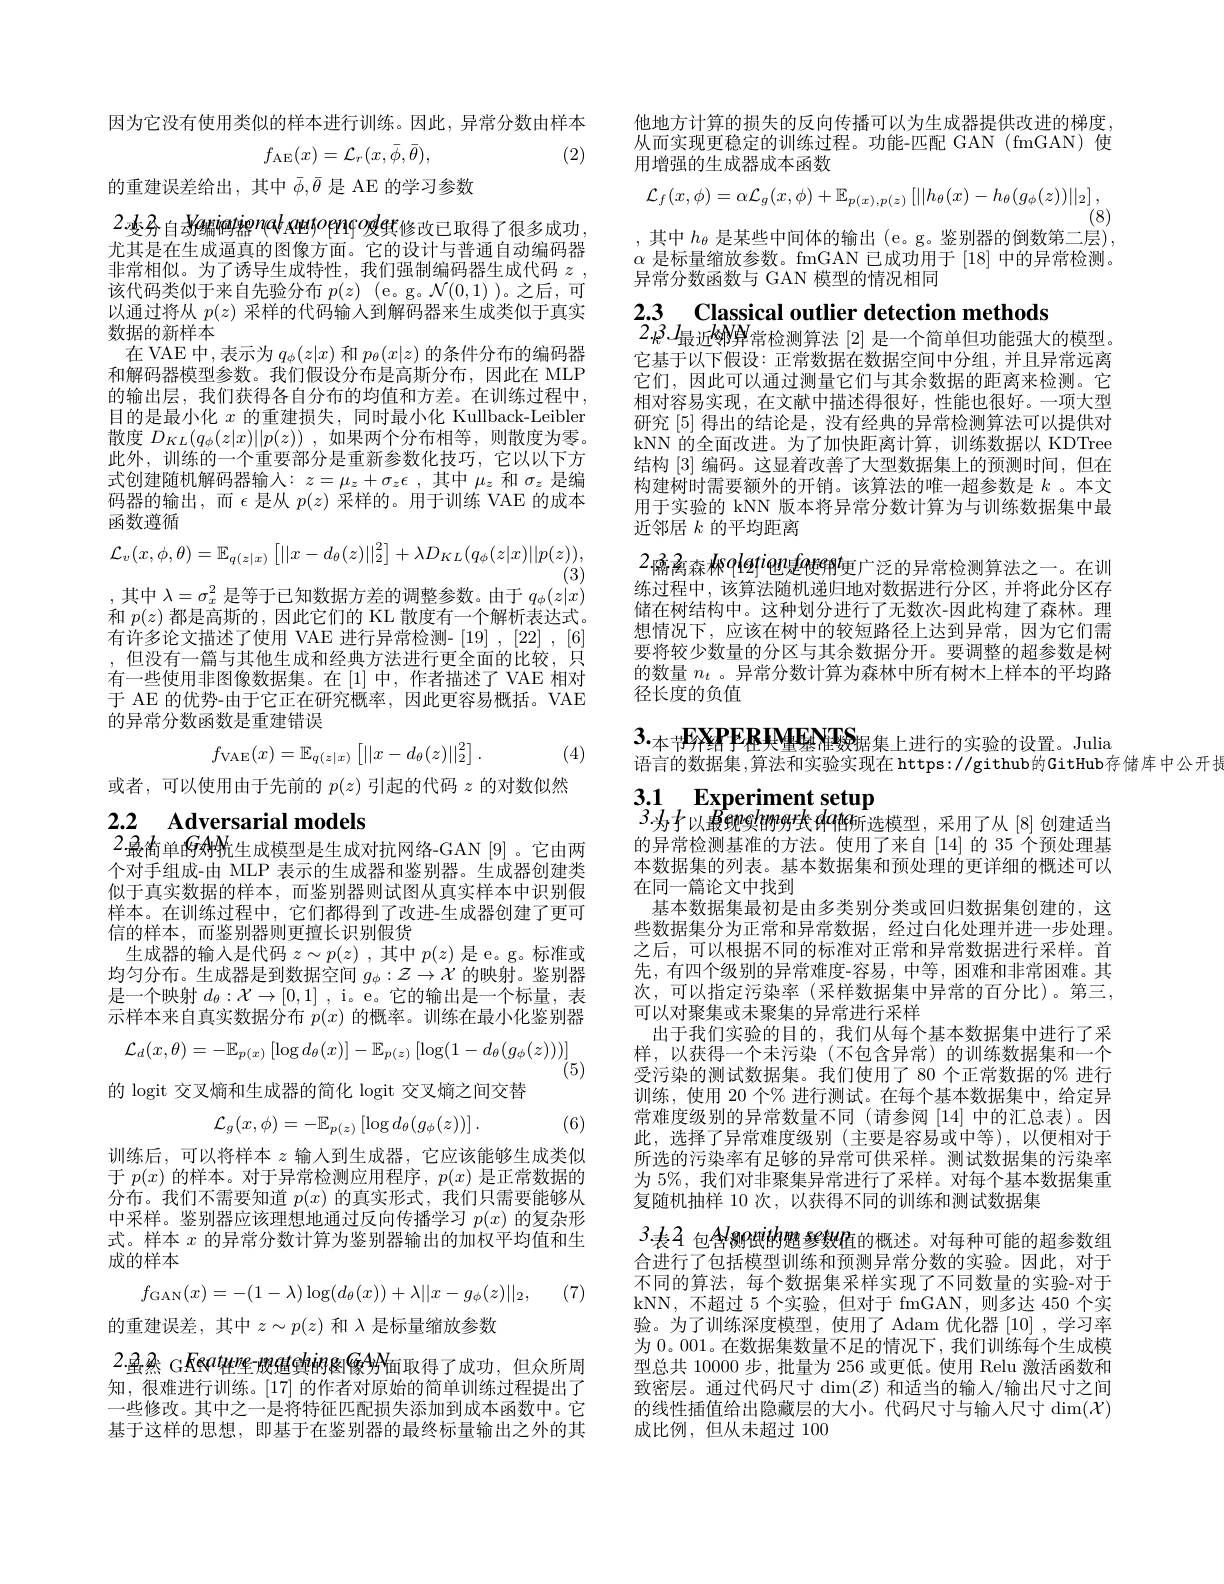
因为它没有使用类似的样本进行训练。因此，异常分数由样本
$$f_\mathrm{AE}(x)=\mathcal{L}_{r}(x,\bar{\phi},\bar{\theta}),$$
(2)

的重建误差给出，其中$\bar{\phi},\bar{\theta}$是 AE 的学习参数

2.变务自为编码结enal Amtoprqoder修改已取得了很多成功， 尤其是在生成逼真的图像方面。它的设计与普通自动编码器非常相似。为了诱导生成特性，我们强制编码器生成代码$z$ , 该代码类似于来自先验分布$p(z)$ (e。g。$\mathcal{N}(0,1)$ )。之后，可以通过将从$p(z)$采样的代码输入到解码器来生成类似于真实数据的新样本
在 VAE 中，表示为$q_\phi(z|x)$和$p_\theta(x|z)$的条件分布的编码器和解码器模型参数。我们假设分布是高斯分布，因此在 MLP 的输出层，我们获得各自分布的均值和方差。在训练过程中， 目的是最小化$x$的重建损失，同时最小化 Kullback-Leibler 散度$D_{KL}( q_\phi ( z| x) | | p( z) )$ ,如果两个分布相等，则散度为零。此外，训练的一个重要部分是重新参数化技巧，它以以下方式创建随机解码器输入$:z=\mu_z+\sigma_z\epsilon$,其中$\mu_z$ 和 $\sigma_z$ 是编码器的输出，而$\epsilon$是从 $p(z)$ 采样的。用于训练 VAE 的成本函数遵循
$$\mathcal{L}_{v}(x,\phi,\theta)=\mathbb{E}_{q(z|x)}\left[||x-d_{\theta}(z)||_{2}^{2}\right]+\lambda D_{KL}(q_{\phi}(z|x)||p(z)),$$
(3)
,其中$\lambda=\sigma_x^2$是等于已知数据方差的调整参数。由于$q_\phi(z|x)$ 和$p(z)$都是高斯的，因此它们的 KL 散度有一个解析表达式。有许多论文描述了使用 VAE 进行异常检测- [19] , [22] , [6] ,但没有一篇与其他生成和经典方法进行更全面的比较，只有一些使用非图像数据集。在[1]中，作者描述了VAE 相对于 AE 的优势-由于它正在研究概率，因此更容易概括。VAE 的异常分数函数是重建错误
$$f_{\mathrm{VAE}}(x)=\mathbb{E}_{q(z|x)}\left[||x-d_\theta(z)||_2^2\right].$$
(4)

或者，可以使用由于先前的$p(z)$引起的代码$z$的对数似然

2.2 $\textbf{Adversarial models}$
$2\cdot$最简单的领统生成模型是生成对抗网络-GAN[9]。它由两

个对手组成-由 MLP 表示的生成器和鉴别器。生成器创建类似于真实数据的样本，而鉴别器则试图从真实样本中识别假样本。在训练过程中，它们都得到了改进-生成器创建了更可信的样本，而鉴别器则更擅长识别假货
$\begin{array}{c}\text{生成器的输入是代码 }z\sim p(z)\:,&\text{其中 }p(z)\text{ 是 e。g。标准或}\\\text{均匀分布。生成器是到数据空间 }g_\phi:\mathcal{Z}\to\mathcal{X}\text{ 的映射。鉴别器}\end{array}$ 是一个映射$d_\theta:\mathcal{X}\to[0,1]$ , i。e。它的输出是一个标量，表示样本来自真实数据分布$p(x)$的概率。训练在最小化鉴别器
$$\mathcal{L}_{d}(x,\theta)=-\mathbb{E}_{p(x)}\left[\log d_{\theta}(x)\right]-\mathbb{E}_{p(z)}\left[\log(1-d_{\theta}(g_{\phi}(z)))\right]$$
(5)
的 logit 交叉熵和生成器的简化 logit 交叉熵之间交替

(6)
$$\mathcal{L}_{g}(x,\phi)=-\mathbb{E}_{p(z)}\left[\log d_{\theta}(g_{\phi}(z))\right].$$
训练后，可以将样本$z$输入到生成器，它应该能够生成类似于$p(x)$的样本。对于异常检测应用程序，$p(x)$是正常数据的分布。我们不需要知道$p(x)$的真实形式，我们只需要能够从中采样。鉴别器应该理想地通过反向传播学习$p(x)$的复杂形式。样本$x$的异常分数计算为鉴别器输出的加权平均值和生成的样本
$$f_{\mathrm{GAN}}(x)=-(1-\lambda)\log(d_\theta(x))+\lambda||x-g_\phi(z)||_2,$$
(7)

的重建误差，其中$z\sim p(z)$和$\lambda$是标量缩放参数

2.虽然 G Feat种壁 股值鲤的图像$AN_{\text{面取得了成功，但众所周}}$ 知，很难进行训练。[17]的作者对原始的简单训练过程提出了一些修改。其中之一是将特征匹配损失添加到成本函数中。它基于这样的思想，即基于在鉴别器的最终标量输出之外的其

他地方计算的损失的反向传播可以为生成器提供改进的梯度， 从而实现更稳定的训练过程。功能-匹配 GAN(fmGAN)使用增强的生成器成本函数
$$\mathcal{L}_{f}(x,\phi)=\alpha\mathcal{L}_{g}(x,\phi)+\mathbb{E}_{p(x),p(z)}\left[||h_{\theta}(x)-h_{\theta}(g_{\phi}(z))||_{2}\right],$$
(8)
$$$,其中$h_\theta$是某些中间体的输出 (e。g。鉴别器的倒数第二层)$, $\alpha$是标量缩放参数。fmGAN 已成功用于[18]中的异常检测。异常分数函数与 GAN 模型的情况相同

2.3 Classical outlier detection methods
$2.k^3.L_\text{最近邻算常检测算法 }[2]$是一个简单但功能强大的模型。

它基于以下假设：正常数据在数据空间中分组，并且异常远离它们，因此可以通过测量它们与其余数据的距离来检测。它相对容易实现，在文献中描述得很好，性能也很好。一项大型研究[5]得出的结论是 , 没有经典的异常检测算法可以提供对kNN 的全面改进。为了加快距离计算，训练数据以 KDTree 结构[3]编码。这显着改善了大型数据集上的预测时间，但在构建树时需要额外的开销。该算法的唯一超参数是$k$ 。本文用于实验的 kNN 版本将异常分数计算为与训练数据集中最近邻居$k$的平均距离

$2\text{懦离森林oletiongeeme}^{t}$更广泛的异常检测算法之一。在训练过程中，该算法随机递归地对数据进行分区，并将此分区存储在树结构中。这种划分进行了无数次-因此构建了森林。理想情况下，应该在树中的较短路径上达到异常，因为它们需要将较少数量的分区与其余数据分开。要调整的超参数是树的数量$n_t$ 。异常分数计算为森林中所有树木上样本的平均路径长度的负值

语言的数据集，算法和实验实现在 https://github的GitHub存储库中公开打

# 3.1 Experiment setup $3.为于以最现实的994类AM$的所选模型，采用了从[8]创建适当

的异常检测基准的方法。使用了来自[14]的 35 个预处理基本数据集的列表。基本数据集和预处理的更详细的概述可以在同一篇论文中找到
基本数据集最初是由多类别分类或回归数据集创建的，这些数据集分为正常和异常数据，经过白化处理并进一步处理。之后，可以根据不同的标准对正常和异常数据进行采样。首先，有四个级别的异常难度-容易，中等，困难和非常困难。其次，可以指定污染率(采样数据集中异常的百分比)。第三， 可以对聚集或未聚集的异常进行采样
出于我们实验的目的，我们从每个基本数据集中进行了采样，以获得一个未污染(不包含异常)的训练数据集和一个受污染的测试数据集。我们使用了 80 个正常数据的% 进行训练，使用 20 个% 进行测试。在每个基本数据集中，给定异常难度级别的异常数量不同(请参阅[14]中的汇总表)。因此，选择了异常难度级别(主要是容易或中等),以便相对于所选的污染率有足够的异常可供采样。测试数据集的污染率为 5%, 我们对非聚集异常进行了采样。对每个基本数据集重复随机抽样 10 次，以获得不同的训练和测试数据集
3.表4 包含Manti的胞参数值的概述。对每种可能的超参数组合进行了包括模型训练和预测异常分数的实验。因此，对于不同的算法，每个数据集采样实现了不同数量的实验-对于kNN,不超过 5 个实验，但对于 fmGAN,则多达 450 个实验。为了训练深度模型，使用了 Adam 优化器[10] ,学习率为 0。001。在数据集数量不足的情况下，我们训练每个生成模型总共 10000 步，批量为 256 或更低。使用 Relu 激活函数和致密层。通过代码尺寸$\dim(\mathcal{Z})$和适当的输入/输出尺寸之间的线性插值给出隐藏层的大小。代码尺寸与输入尺寸$\dim(\mathcal{X})$ 成比例，但从未超过 100